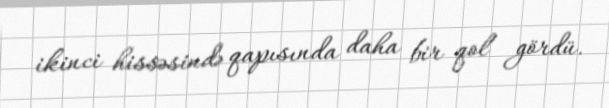
ikinci hissəsində qapısında daha bir qol gördü.